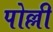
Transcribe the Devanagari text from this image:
पोल्ली